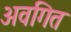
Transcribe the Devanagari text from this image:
अवगित